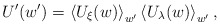
\begin{align*}U'(w')=\left\langle U_{\xi}(w)\right\rangle_{w'}\left\langle U_{\lambda}(w)\right\rangle_{w'},\end{align*}